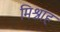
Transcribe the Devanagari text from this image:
मिश्नाह